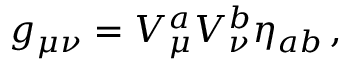
g _ { \mu \nu } = V _ { \mu } ^ { a } V _ { \nu } ^ { b } \eta _ { a b } \, ,